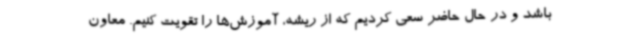
باشد و در حال حاضر سعی کردیم که از ریشه، آموزش‌ها را تقویت کنیم. معاون